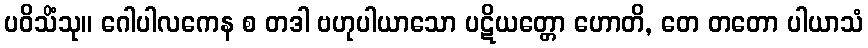
ပဝိသိံသု။ ဂေါပါလကေန စ တဒါ ဗဟုပါယာသော ပဋိယတ္တော ဟောတိ, တေ တတော ပါယာသံ